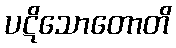
ပဋိသောတောတိ